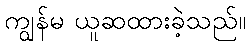
ကျွန်မ ယူဆထားခဲ့သည်။